65_HS1-834228961_62-HQ-83894_Section_6
Agency: FBI
Page 226
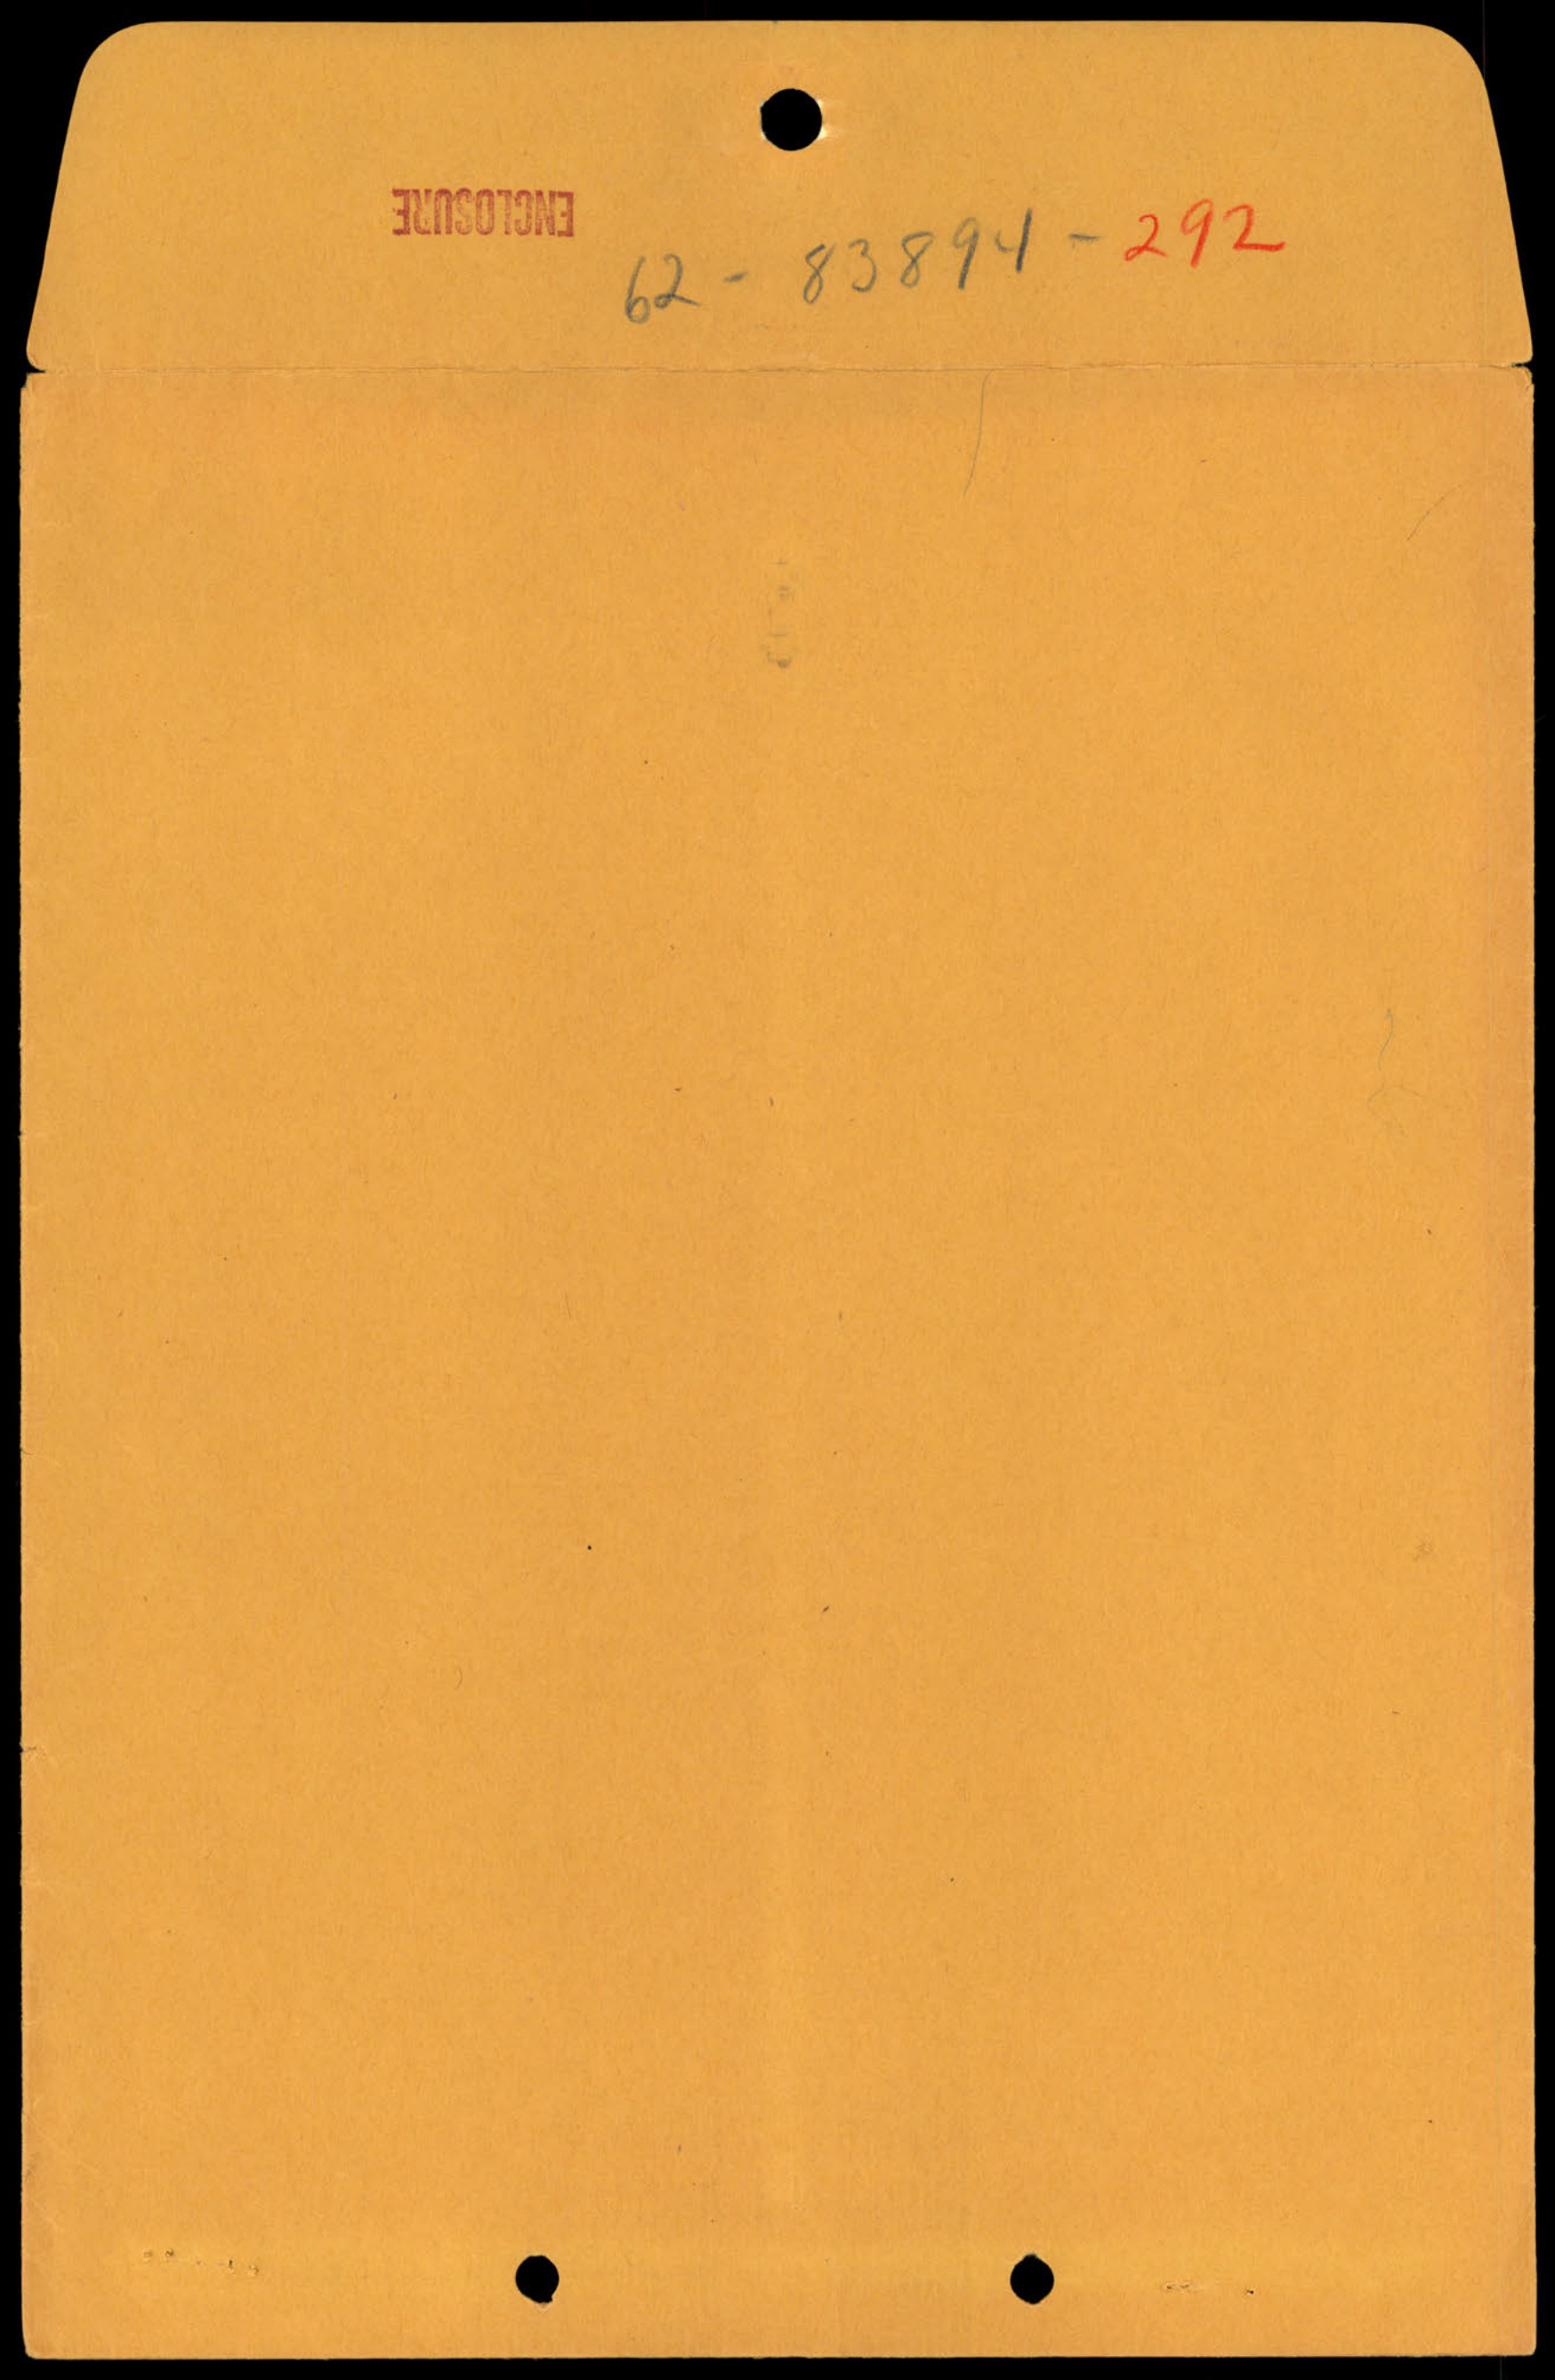